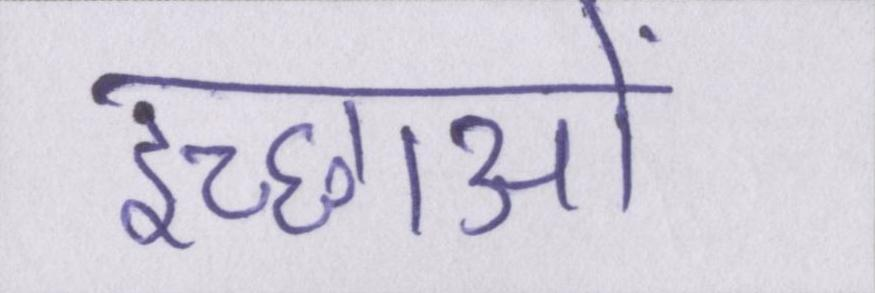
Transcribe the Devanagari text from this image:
इच्छाओं